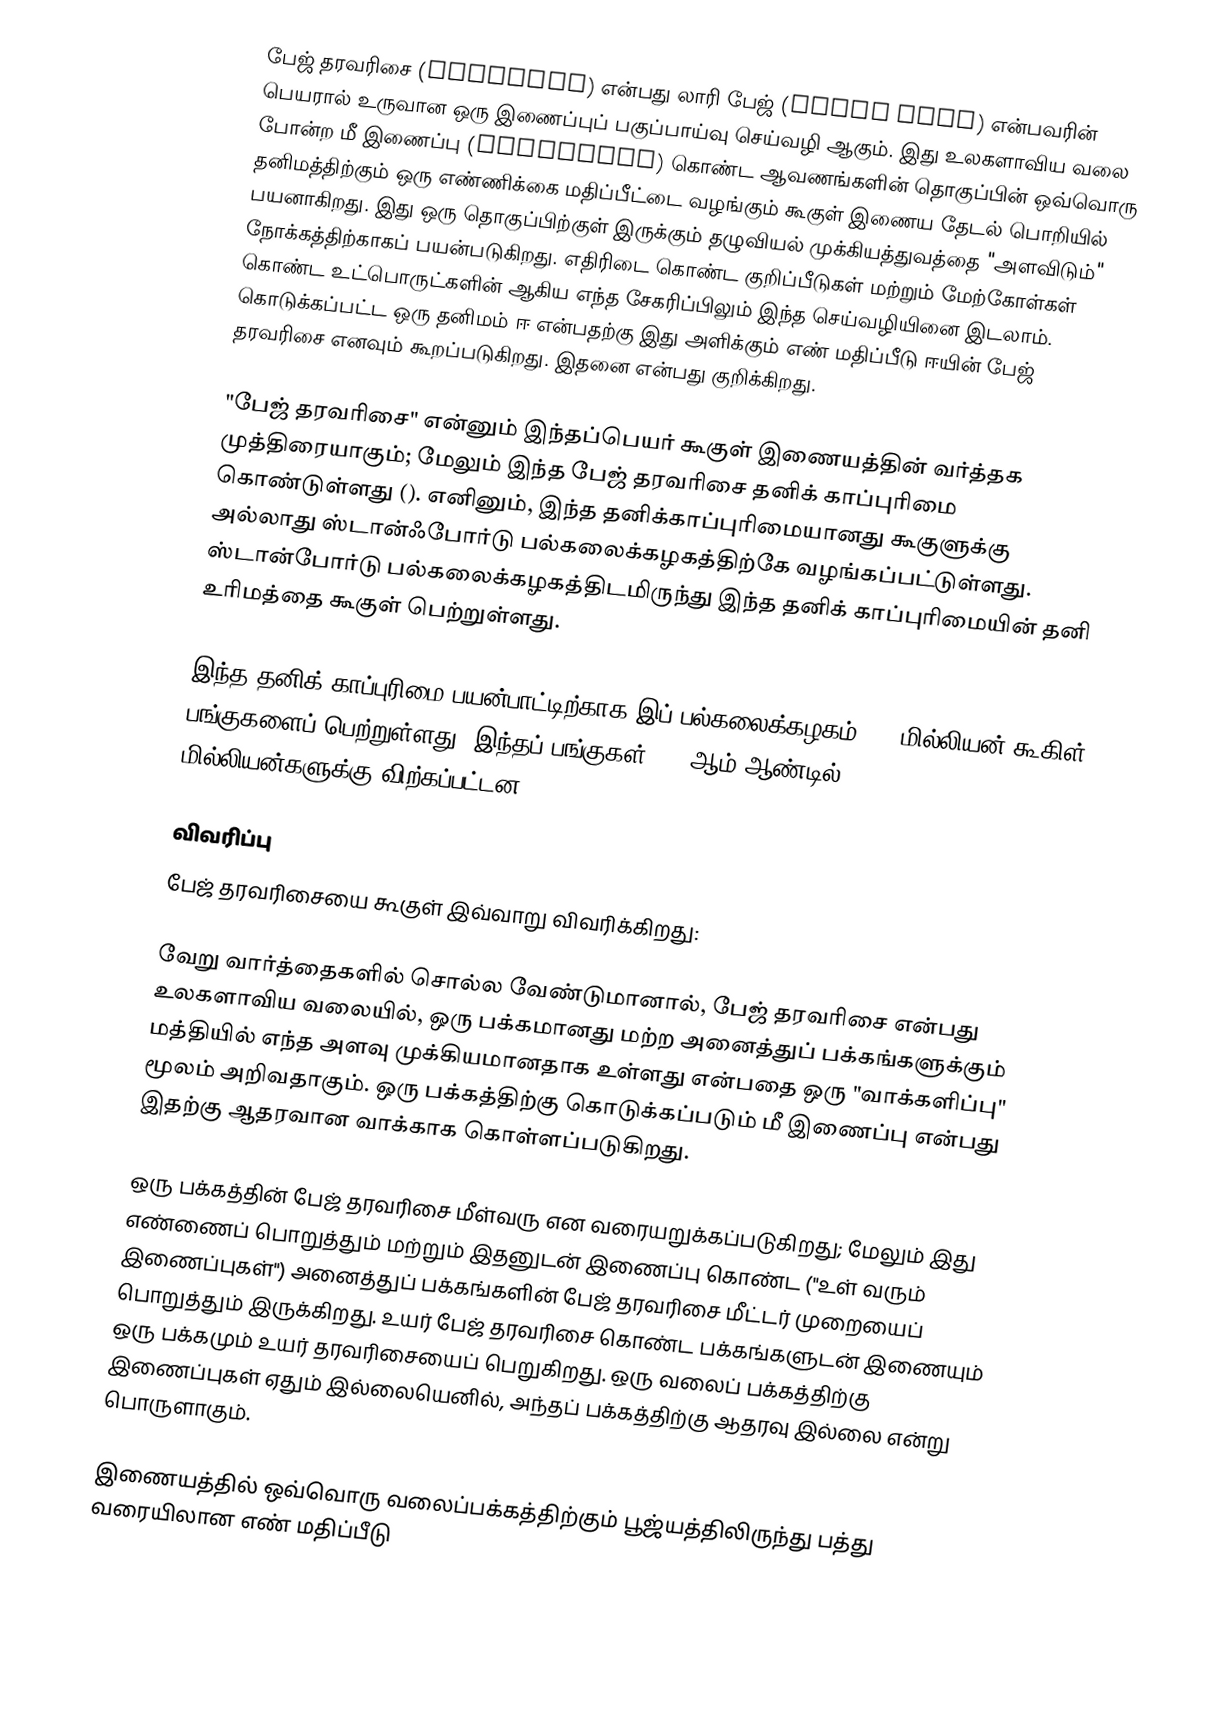
பேஜ் தரவரிசை (PageRank) என்பது லாரி பேஜ் (Larry Page) என்பவரின் பெயரால் உருவான ஒரு இணைப்புப் பகுப்பாய்வு செய்வழி ஆகும். இது உலகளாவிய வலை போன்ற மீ இணைப்பு (hyperlink) கொண்ட ஆவணங்களின் தொகுப்பின் ஒவ்வொரு தனிமத்திற்கும் ஒரு எண்ணிக்கை மதிப்பீட்டை வழங்கும் கூகுள் இணைய தேடல் பொறியில் பயனாகிறது. இது ஒரு தொகுப்பிற்குள் இருக்கும் தழுவியல் முக்கியத்துவத்தை "அளவிடும்" நோக்கத்திற்காகப் பயன்படுகிறது. எதிரிடை கொண்ட குறிப்பீடுகள் மற்றும் மேற்கோள்கள் கொண்ட உட்பொருட்களின் ஆகிய எந்த சேகரிப்பிலும் இந்த செய்வழியினை இடலாம். கொடுக்கப்பட்ட ஒரு தனிமம் ஈ என்பதற்கு இது அளிக்கும் எண் மதிப்பீடு ஈயின் பேஜ் தரவரிசை எனவும் கூறப்படுகிறது. இதனை  என்பது குறிக்கிறது.

"பேஜ் தரவரிசை" என்னும் இந்தப்பெயர் கூகுள் இணையத்தின் வர்த்தக முத்திரையாகும்; மேலும் இந்த பேஜ் தரவரிசை தனிக் காப்புரிமை கொண்டுள்ளது (). எனினும், இந்த தனிக்காப்புரிமையானது கூகுளுக்கு அல்லாது ஸ்டான்ஃபோர்டு பல்கலைக்கழகத்திற்கே வழங்கப்பட்டுள்ளது. ஸ்டான்போர்டு பல்கலைக்கழகத்திடமிருந்து இந்த தனிக் காப்புரிமையின் தனி உரிமத்தை கூகுள் பெற்றுள்ளது.

இந்த தனிக் காப்புரிமை பயன்பாட்டிற்காக இப் பல்கலைக்கழகம் 1.8 மில்லியன் கூகிள் பங்குகளைப் பெற்றுள்ளது; இந்தப் பங்குகள் 2005ஆம் ஆண்டில் $336 மில்லியன்களுக்கு விற்கப்பட்டன.

விவரிப்பு
பேஜ் தரவரிசையை கூகுள் இவ்வாறு விவரிக்கிறது:

வேறு வார்த்தைகளில் சொல்ல வேண்டுமானால், பேஜ் தரவரிசை என்பது உலகளாவிய வலையில், ஒரு பக்கமானது மற்ற அனைத்துப் பக்கங்களுக்கும் மத்தியில் எந்த அளவு முக்கியமானதாக உள்ளது என்பதை ஒரு "வாக்களிப்பு" மூலம் அறிவதாகும். ஒரு பக்கத்திற்கு கொடுக்கப்படும் மீ இணைப்பு என்பது இதற்கு ஆதரவான வாக்காக கொள்ளப்படுகிறது.

ஒரு பக்கத்தின் பேஜ் தரவரிசை மீள்வரு என வரையறுக்கப்படுகிறது; மேலும் இது எண்ணைப் பொறுத்தும் மற்றும் இதனுடன் இணைப்பு கொண்ட ("உள் வரும் இணைப்புகள்") அனைத்துப் பக்கங்களின் பேஜ் தரவரிசை மீட்டர் முறையைப் பொறுத்தும் இருக்கிறது. உயர் பேஜ் தரவரிசை கொண்ட பக்கங்களுடன் இணையும் ஒரு பக்கமும் உயர் தரவரிசையைப் பெறுகிறது. ஒரு வலைப் பக்கத்திற்கு இணைப்புகள் ஏதும் இல்லையெனில், அந்தப் பக்கத்திற்கு ஆதரவு இல்லை என்று பொருளாகும்.

இணையத்தில் ஒவ்வொரு வலைப்பக்கத்திற்கும் பூஜ்யத்திலிருந்து பத்து வரையிலான எண் மதிப்பீடு